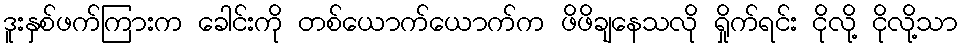
ဒူးနှစ်ဖက်ကြားက ခေါင်းကို တစ်ယောက်ယောက်က ဖိဖိချနေသလို ရှိုက်ရင်း ငိုလို့ ငိုလို့သာ